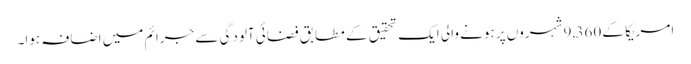
امریکا کے 9,360 شہروں پر ہونے والی ایک تحقیق کے مطابق فضائی آلودگی سے جرائم میں اضافہ ہوا۔